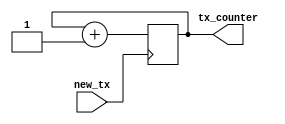
`timescale 1ns / 1ps

module tx_count(
input wire new_tx,
output wire [31:0]tx_counter
);
    
reg [31:0]counter = 0;   

assign tx_counter = counter;

always @(posedge new_tx)
    begin
        counter <= counter+1;
    end
endmodule